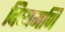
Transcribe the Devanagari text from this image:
दिव्यमणि